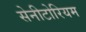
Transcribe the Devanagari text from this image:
सेनीटोरियम